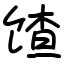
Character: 馇